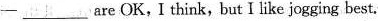
— ___are OK,I think, but I like jogging best.